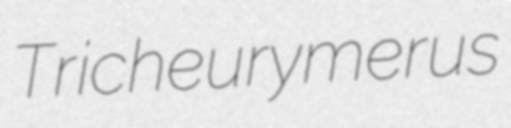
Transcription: Tricheurymerus